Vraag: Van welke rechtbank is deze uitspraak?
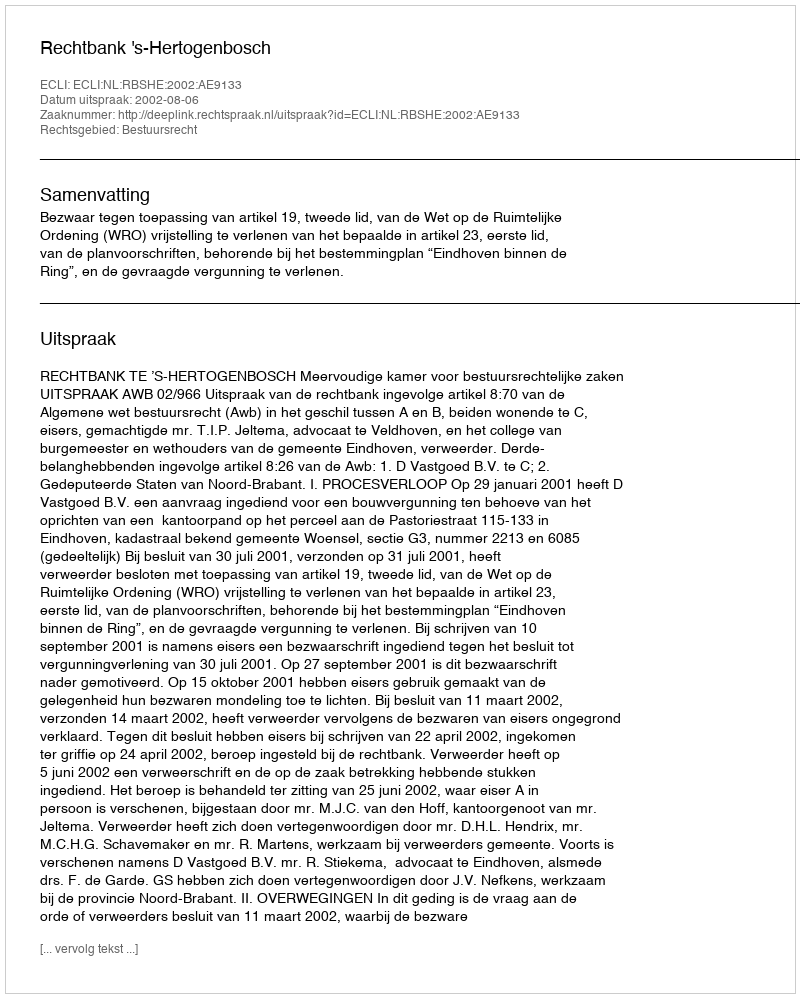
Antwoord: Rechtbank 's-Hertogenbosch